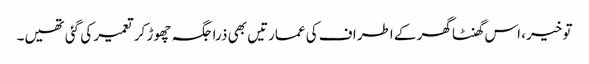
تو خیر، اس گھنٹا گھر کے اطراف کی عمارتیں بھی ذرا جگہ چھوڑ کر تعمیر کی گئی تھیں۔